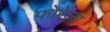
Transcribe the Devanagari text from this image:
फोरेंज़ा